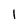
Character: l